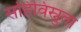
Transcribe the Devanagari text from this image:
सहिविस्नुता